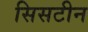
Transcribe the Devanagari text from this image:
सिसटीन